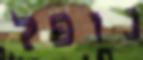
נופל